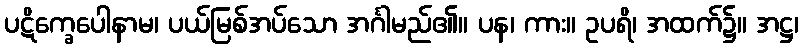
ပဋိက္ခေပေါနာမ၊ ပယ်မြစ်အပ်သော အင်္ဂါမည်၏။ ပန၊ ကား။ ဥပရိ၊ အထက်၌။ အဋ္ဌ၊